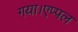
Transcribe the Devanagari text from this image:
गया।एप्पल